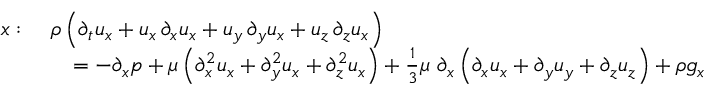
{ \begin{array} { r l } { x : \ } & { \rho \left( { \partial _ { t } u _ { x } } + u _ { x } \, { \partial _ { x } u _ { x } } + u _ { y } \, { \partial _ { y } u _ { x } } + u _ { z } \, { \partial _ { z } u _ { x } } \right) } \\ & { \quad = - \partial _ { x } p + \mu \left( { \partial _ { x } ^ { 2 } u _ { x } } + { \partial _ { y } ^ { 2 } u _ { x } } + { \partial _ { z } ^ { 2 } u _ { x } } \right) + { \frac { 1 } { 3 } } \mu \ \partial _ { x } \left( { \partial _ { x } u _ { x } } + { \partial _ { y } u _ { y } } + { \partial _ { z } u _ { z } } \right) + \rho g _ { x } } \end{array} }